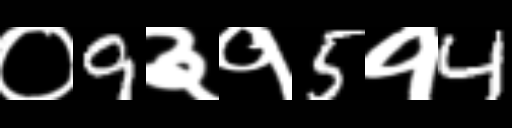
Text: ०9३१5१4